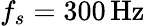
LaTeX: f_{s}=300\, \mathrm{Hz}